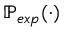
\mathbb { P } _ { e x p } ( \cdot )